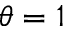
\theta = 1